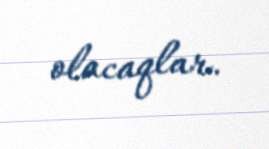
olacaqlar.